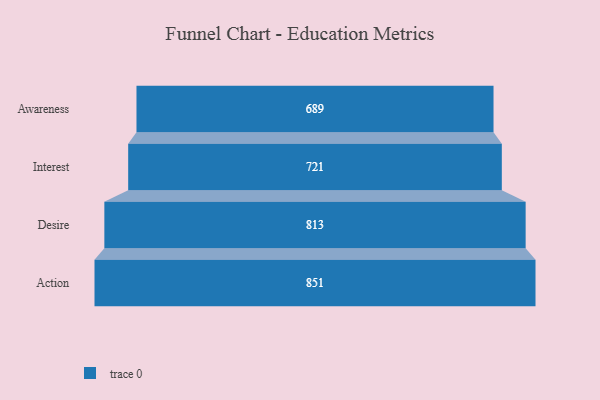
{"axis": {"x": "Stage", "y": "Value"}, "legend": [""], "data": [{"x": "Awareness", "y": 689.0, "type": ""}, {"x": "Interest", "y": 721.0, "type": ""}, {"x": "Desire", "y": 813.0, "type": ""}, {"x": "Action", "y": 851.0, "type": ""}]}